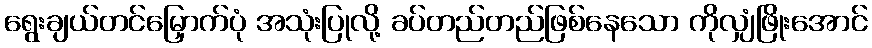
ရွေးချယ်တင်မြှောက်ပုံ အသုံးပြုလို့ ခပ်တည်တည်ဖြစ်နေသော ကိုလျှံဖြိုးအောင်